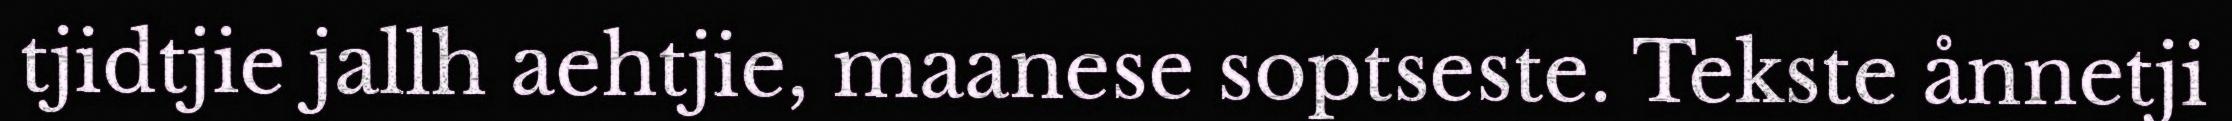
tjidtjie jallh aehtjie, maanese soptseste. Tekste ånnetji